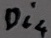
Text: Di4